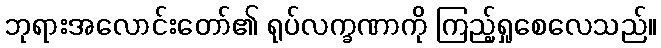
ဘုရားအလောင်းတော်၏ ရုပ်လက္ခဏာကို ကြည့်ရှုစေလေသည်။